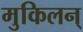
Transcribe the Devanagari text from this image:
मुकिलन्